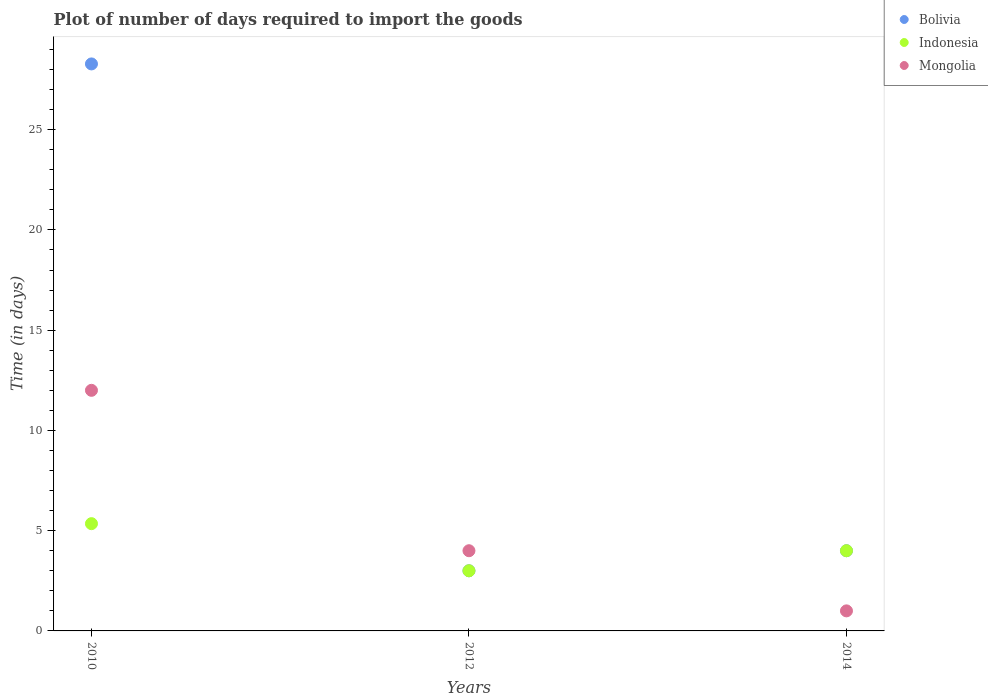
| Years | Bolivia | Indonesia | Mongolia |
 | --- | --- | --- | --- |
 | 2010 | 28.3 | 5.35 | 12 |
 | 2012 | 3 | 3 | 4 |
 | 2014 | 4 | 4 | 1 |